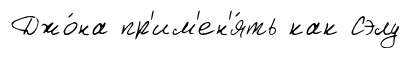
Джо́на пр'им'ен'я́ть как Сэлу